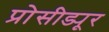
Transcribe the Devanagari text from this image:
प्रोसीड्यूर